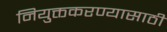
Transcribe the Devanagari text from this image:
नियुक्तकरण्यासाठी